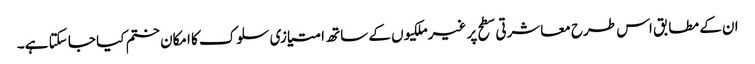
ان کے مطابق اس طرح معاشرتی سطح پر غیرملکیوں کے ساتھ امتیازی سلوک کا امکان ختم کیا جا سکتا ہے۔